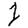
Digit: 1